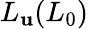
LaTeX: L_{\mathbf{u}}(L_{0})